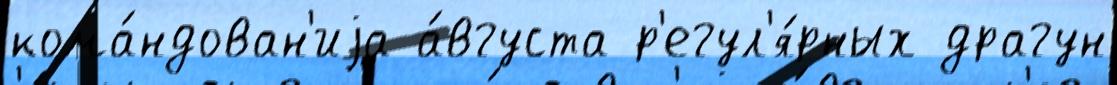
кома́ндован'иjа а́вгуста р'егул'я́рных драгун